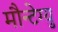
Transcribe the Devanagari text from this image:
मौन्टेग्यु